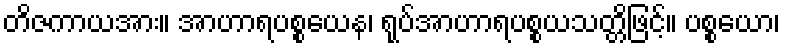
တိဇကာယအား။ အာဟာရပစ္စယေန၊ ရုပ်အာဟာရပစ္စယသတ္တိဖြင့်။ ပစ္စယော၊